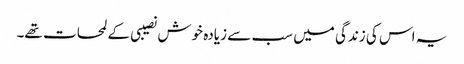
یہ اس کی زندگی میں سب سے زیادہ خوش نصیبی کے لمحات تھے۔